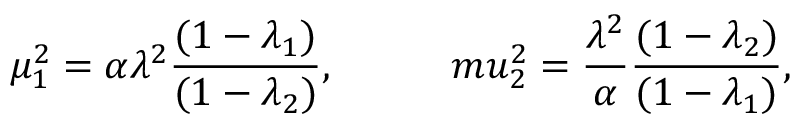
\mu _ { 1 } ^ { 2 } = \alpha \lambda ^ { 2 } \frac { ( 1 - \lambda _ { 1 } ) } { ( 1 - \lambda _ { 2 } ) } , \ \ \ \ \ \ \ \ \, m u _ { 2 } ^ { 2 } = \frac { \lambda ^ { 2 } } { \alpha } \frac { ( 1 - \lambda _ { 2 } ) } { ( 1 - \lambda _ { 1 } ) } ,